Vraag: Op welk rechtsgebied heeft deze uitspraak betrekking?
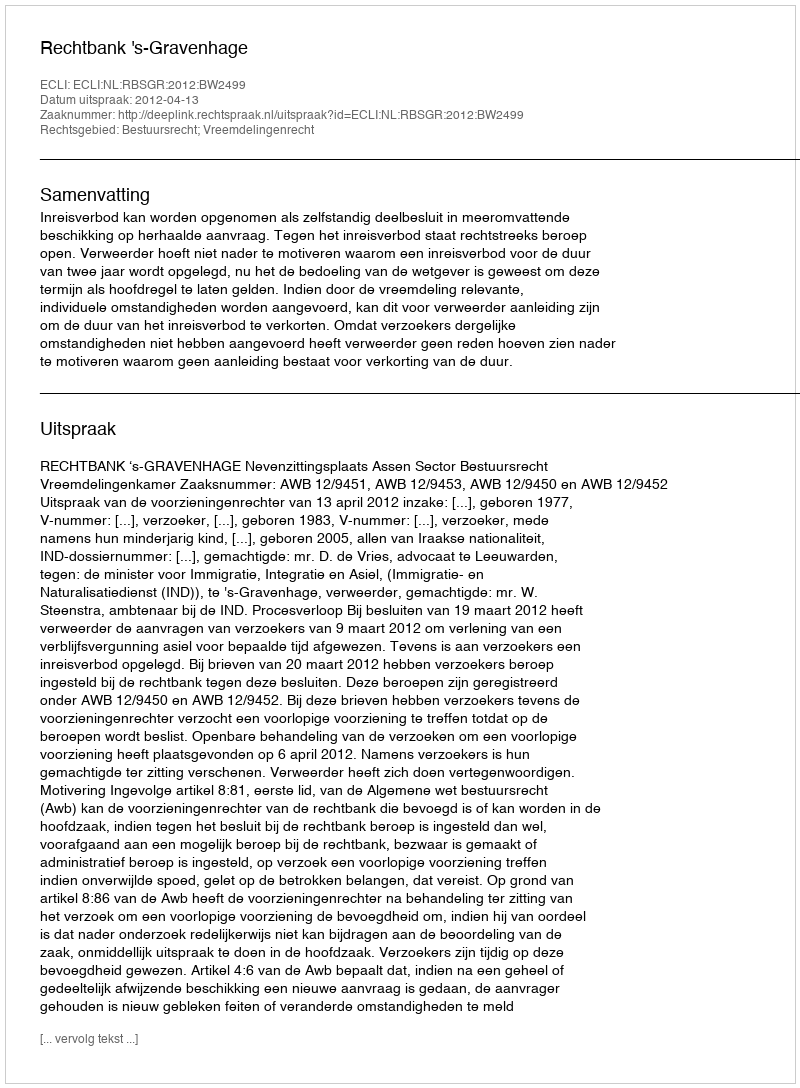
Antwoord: Bestuursrecht; Vreemdelingenrecht